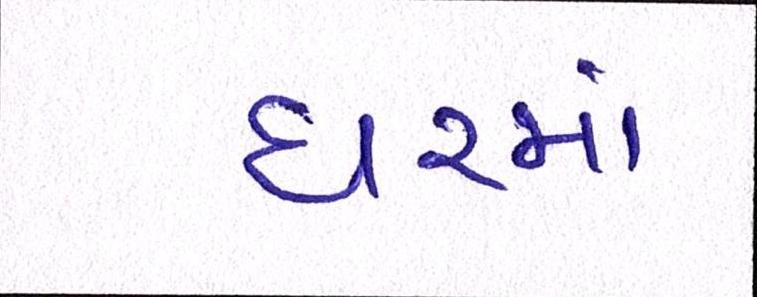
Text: ધરમાં